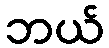
ဘယ်